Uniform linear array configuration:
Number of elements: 48
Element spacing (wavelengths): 1
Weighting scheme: cosine
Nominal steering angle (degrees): -30
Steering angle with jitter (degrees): -29.249
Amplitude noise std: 0.05
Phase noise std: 0.05

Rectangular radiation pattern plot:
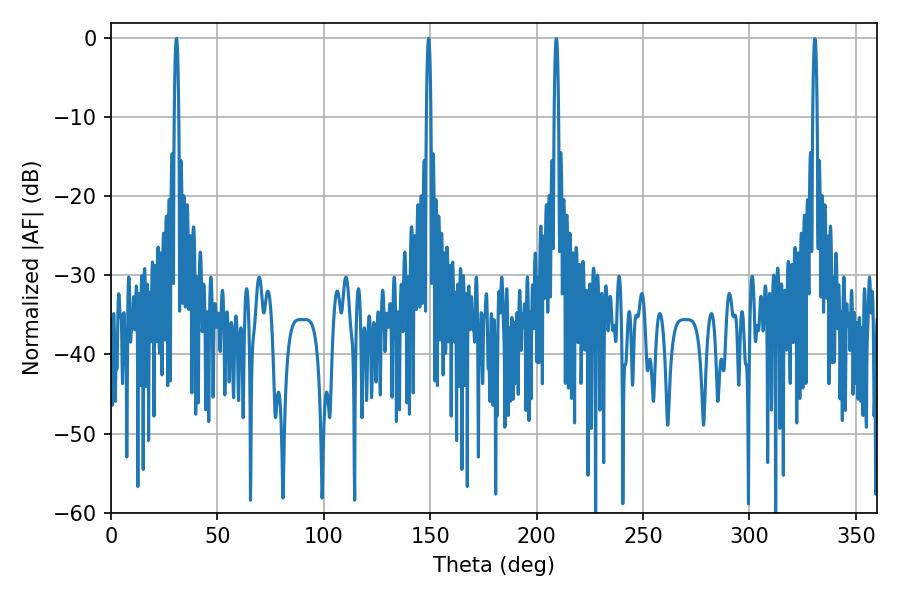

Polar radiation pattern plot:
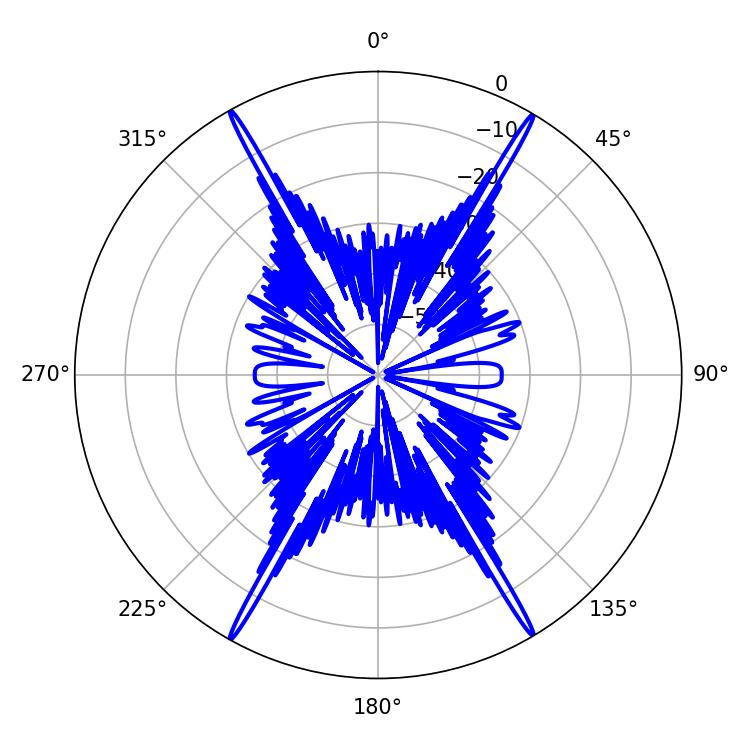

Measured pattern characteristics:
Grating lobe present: TRUE
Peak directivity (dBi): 31.337
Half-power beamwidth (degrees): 1.08
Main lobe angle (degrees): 30.78